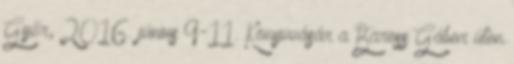
Győr, 2016. június 9-11. Könyvvásár a Baross Gábor úton